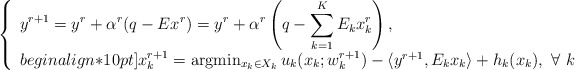
\begin{align*}\left\{\begin{array}{l}\displaystyle\displaystyle y^{r+1}=y^r+\alpha^r(q-Ex^{r})=y^r+\alpha^r\left(q-\sum_{k=1}^KE_kx_k^{r}\right),\\begin{align*}10pt]x_k^{r+1}={\rm arg}\!\min_{x_k\in X_k}u_k(x_k; w_k^{r+1})-\langle y^{r+1}, E_k x_k \rangle+h_k(x_k),~\forall\ k\end{array}\right.\end{align*}